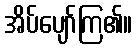
အိပ်ပျော်ကြ၏။